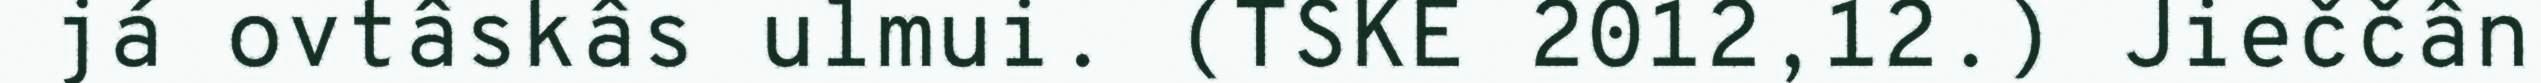
já ovtâskâs ulmui. (TSKE 2012,12.) Jieččân